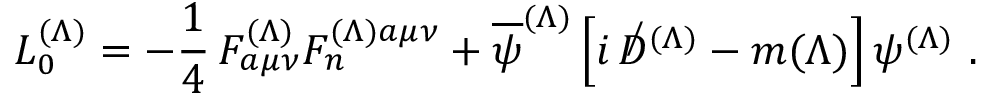
{ \cal L } _ { 0 } ^ { ( \Lambda ) } = - { \frac { 1 } { 4 } } \, F _ { a \mu \nu } ^ { ( \Lambda ) } F _ { n } ^ { ( \Lambda ) a \mu \nu } + \overline { { \psi } } ^ { ( \Lambda ) } \left[ i \, \not D ^ { ( \Lambda ) } - m ( \Lambda ) \right] \psi ^ { ( \Lambda ) } \ .